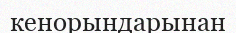
кенорындарынан